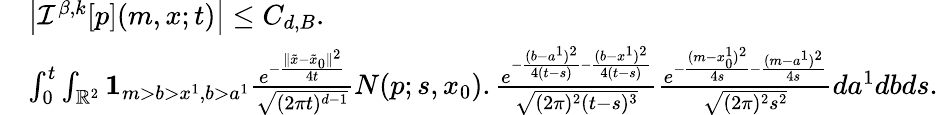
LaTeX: \begin{array}{rl}&{\left|{\mathcal I}^{\beta,k}[p](m,x;t)\right|\leq C_{d,B}.}\\ &{\int_{0}^{t}\int_{\mathbb{R}^{2}}{\mathbf 1}_{m>b>x^{1},b>a^{1}}\frac{e^{-\frac{\| \tilde{x}-\tilde{x}_{0}\| ^{2}}{4t}}}{\sqrt{(2\pi t)^{d-1}}}N(p;s,x_{0}).\frac{e^{-\frac{(b-a^{1})^{2}}{4(t-s)}-\frac{(b-x^{1})^{2}}{4(t-s)}}}{\sqrt{(2\pi)^{2}(t-s)^{3}}}\frac{e^{-\frac{(m-x_{0}^{1})^{2}}{4s}-\frac{(m-a^{1})^{2}}{4s}}}{\sqrt{(2\pi)^{2}{s^{2}}}}da^{1}dbds.}\end{array}